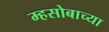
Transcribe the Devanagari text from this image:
म्हसोबाच्या